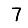
Digit: 7